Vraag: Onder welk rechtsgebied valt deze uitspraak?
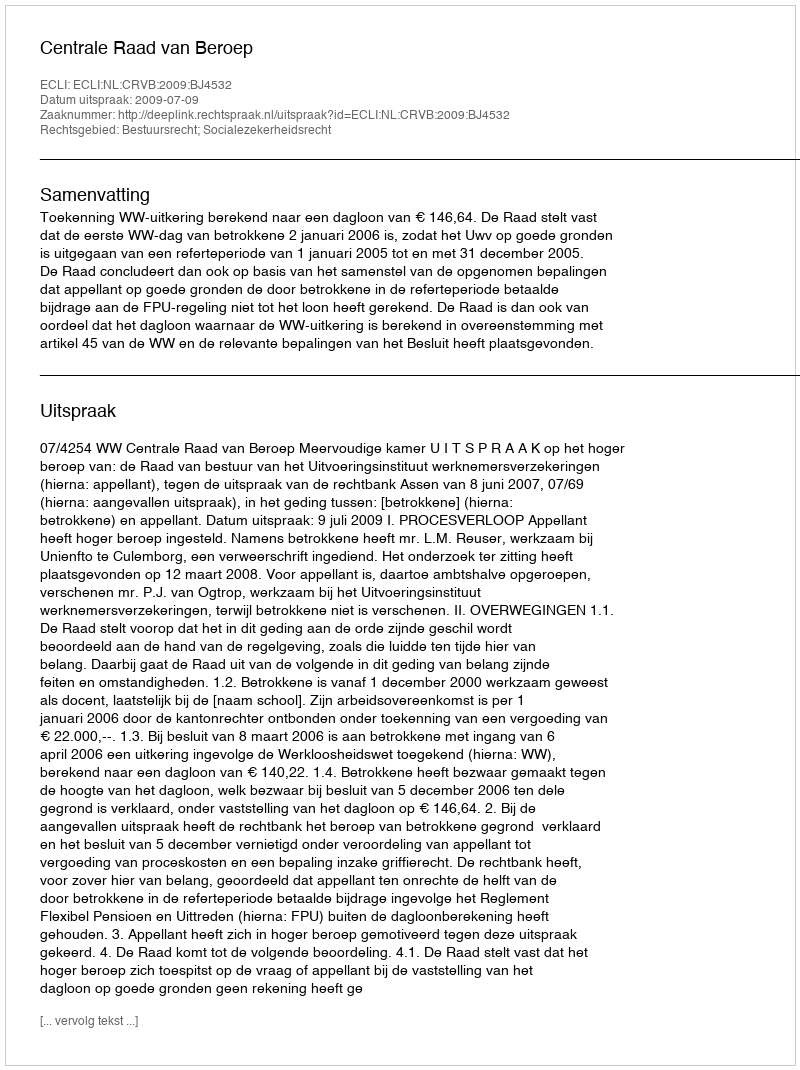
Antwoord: Bestuursrecht; Socialezekerheidsrecht